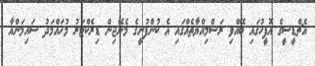
އެޗްޑީސީގެ އޮފީހުގައި ބޭއްވި ރަސްމިއްޔާތެއްގައި އެ ކުންފުނީގެ މެނޭޖިން ޑިރެކްޓަރު މުހައްމަދު ސައިމަންއާ